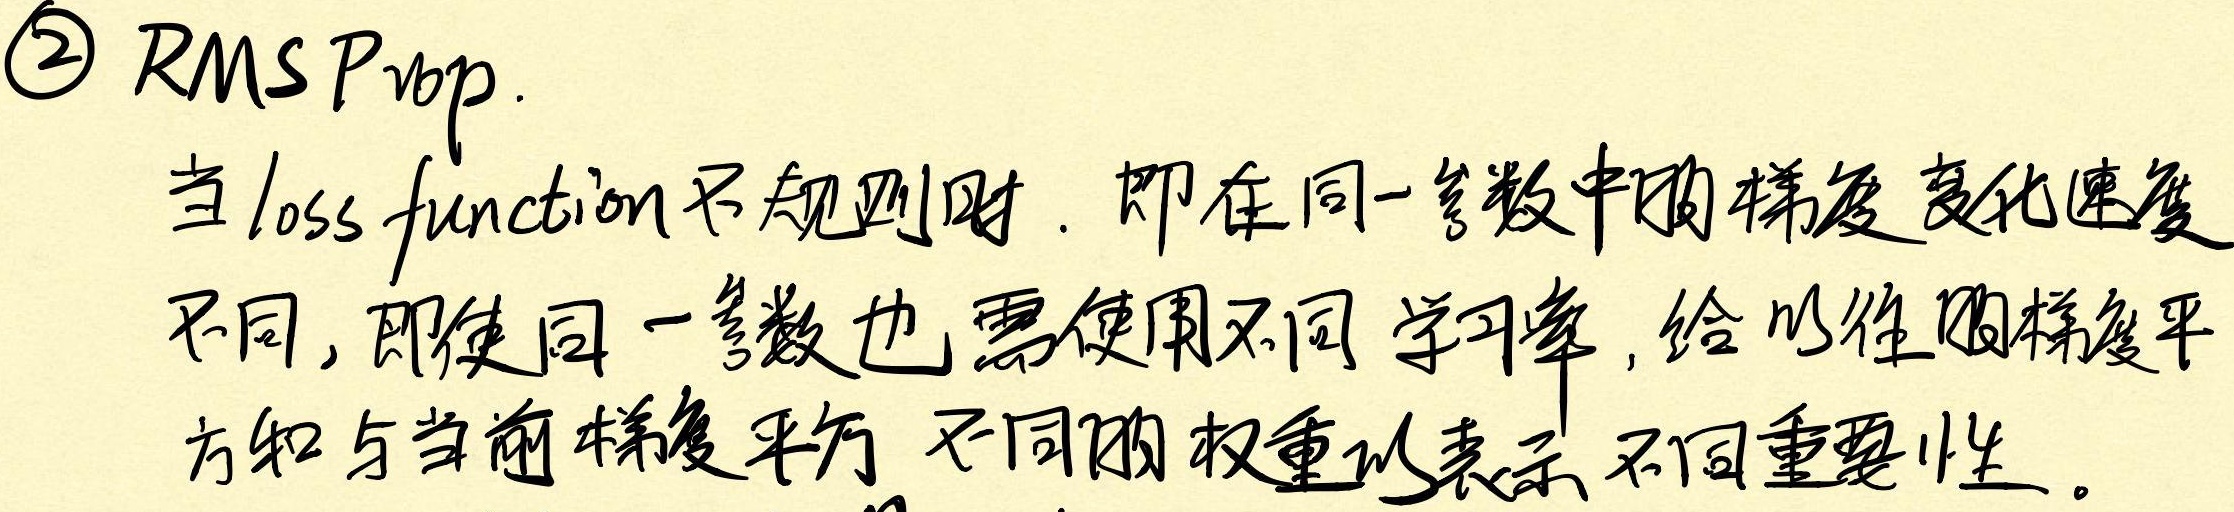
\textcircled{2} RMSProp.
当\(loss\ function\)不规则时. 即在同一参数中随梯度变化速度
不同, 即使同一参数也需使用不同学习率, 给以往梯度平
方和与当前梯度平方 不同的权重以表示不同重要性。